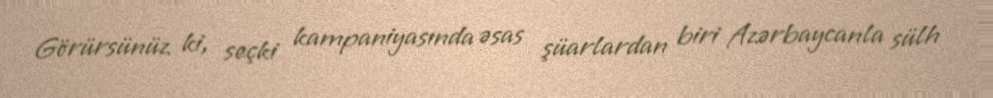
Görürsünüz ki, seçki kampaniyasında əsas şüarlardan biri Azərbaycanla sülh